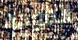
الموحد